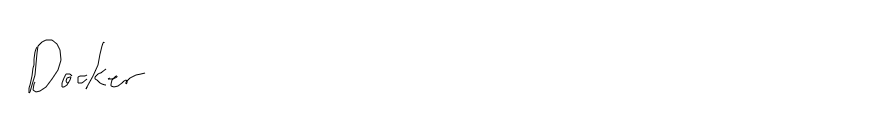
Docker